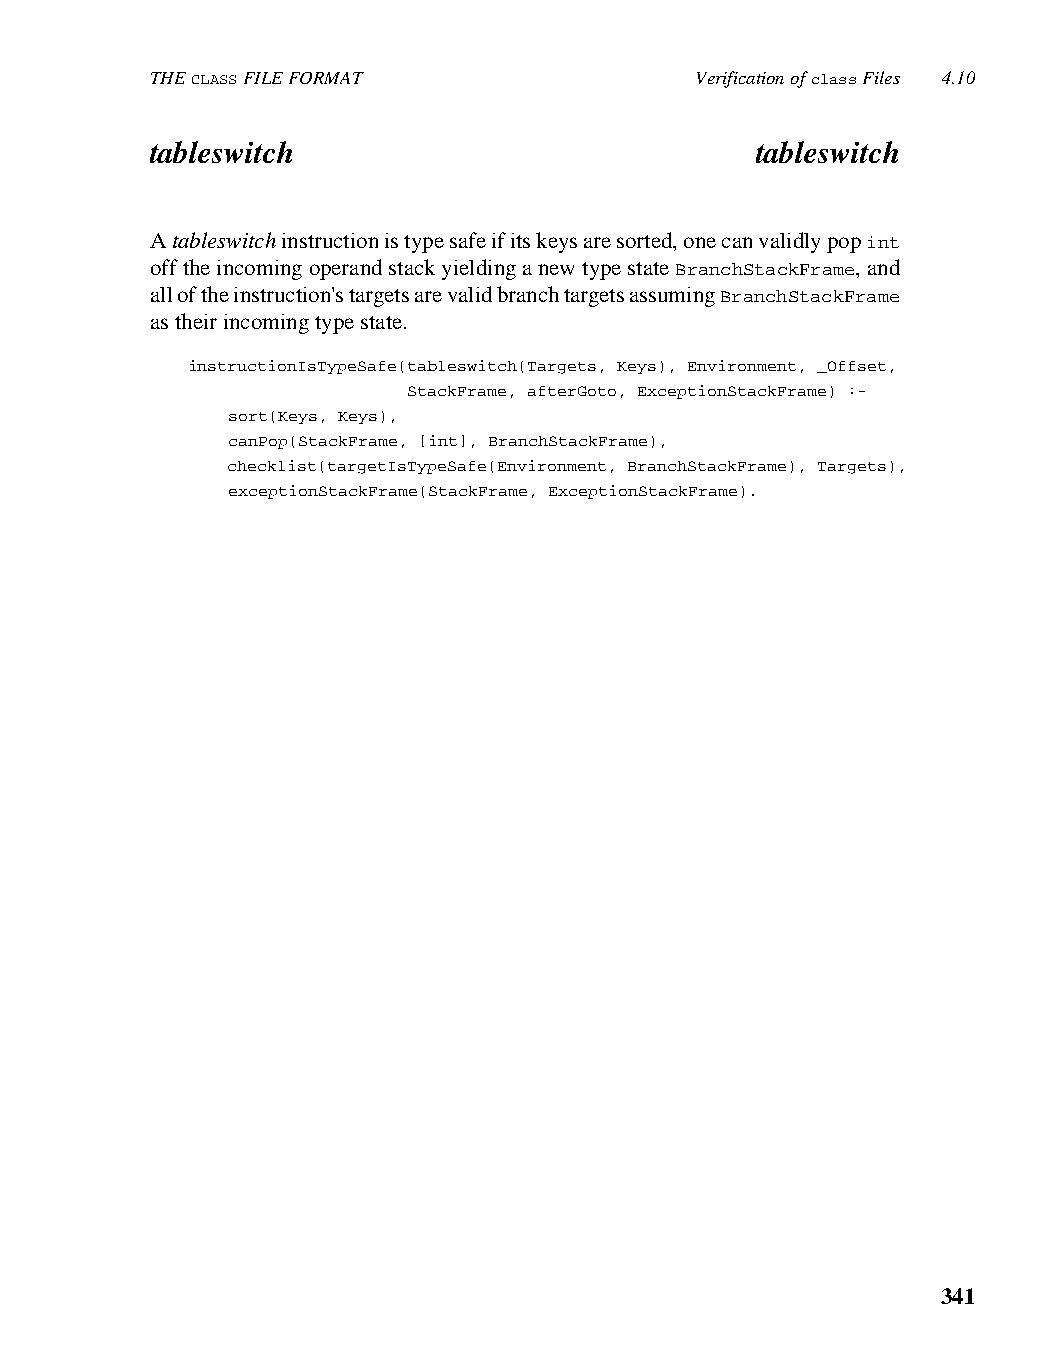
THE CLASS FILE FORMAT               Verification of class Files 4.10
 tableswitch                             tableswitch
 A tableswitch instruction is type safe if its keys are sorted, one can validly pop int
 off the incoming operand stack yielding a new type state BranchStackFrame, and
 all of the instruction's targets are valid branch targets assuming BranchStackFrame
 as their incoming type state.
 instructionIsTypeSafe(tableswitch(Targets, Keys), Environment, _Offset,
 StackFrame, afterGoto, ExceptionStackFrame) :-
 sort(Keys, Keys),
 canPop(StackFrame, [int], BranchStackFrame),
 checklist(targetIsTypeSafe(Environment, BranchStackFrame), Targets),
 exceptionStackFrame(StackFrame, ExceptionStackFrame).
 341